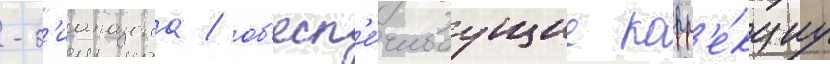
-д'иапазона / об'есп'е́чиваущие корр'е́кциу